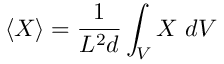
\langle X \rangle = \frac { 1 } { L ^ { 2 } d } \int _ { V } X \mathrm { ~ } d V